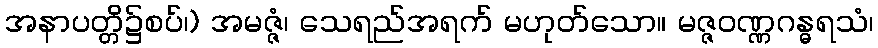
အနာပတ္တိ၌စပ်၊) အမဇ္ဇံ၊ သေရည်အရက် မဟုတ်သော။ မဇ္ဇဝဏ္ဏဂန္ဓရသံ၊